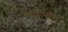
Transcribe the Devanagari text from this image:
प्रसाराबरोबर